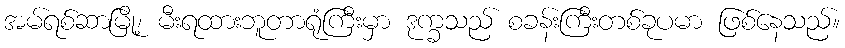
အမ်ရစ်ဆာမြို့၊ မီးရထားဘူတာရုံကြီးမှာ ဒုက္ခသည် စခန်းကြီးတစ်ခုပမာ ဖြစ်နေသည်။